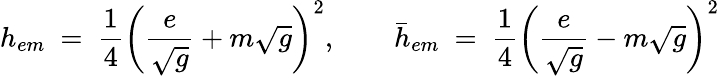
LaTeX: h_{em}~=~{\frac{1}{4}}\left({\frac{e}{\sqrt{g}}}+m\sqrt{g}\right)^{2},\qquad\bar{h}_{em}~=~{\frac{1}{4}}\left({\frac{e}{\sqrt{g}}}-m\sqrt{g}\right)^{2}